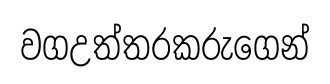
වගඋත්තරකරුගෙන්